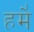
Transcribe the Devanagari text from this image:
हमे॑